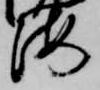
海